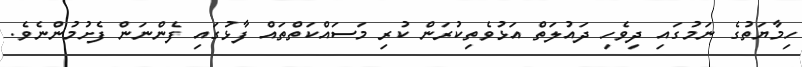
ހިމާޔަތުގެ ނަމުގައި ދިވެހި ދައުލަތް އަޅުވެތިކުރަން ކުރި މަސައްކަތްތައް ފާޅުގައި ފެންނަން ފެށުމުންނެވެ.